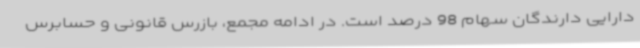
دارایی دارندگان سهام 98 درصد است. در ادامه مجمع، بازرس قانونی و حسابرس